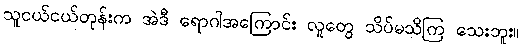
သူငယ်ငယ်တုန်းက အဲဒီ ရောဂါအကြောင်း လူတွေ သိပ်မသိကြ သေးဘူး။